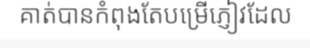
គាត់បានកំពុងតែបម្រើភ្ញៀវដែល